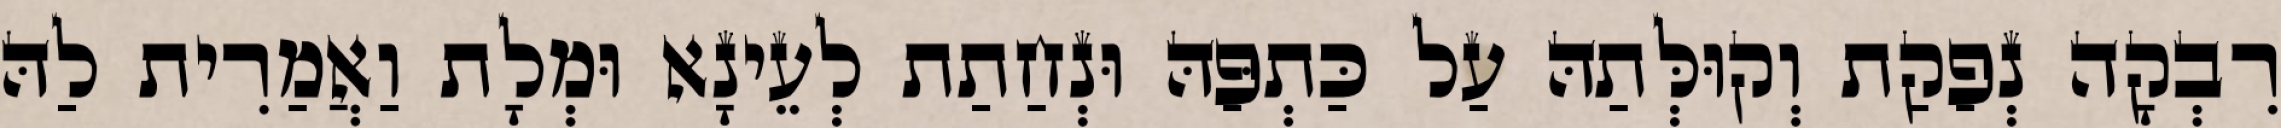
רִבְקָה נְפַקַת וְקוּלְּתַהּ עַל כַּתְפַּהּ וּנְחַתַת לְעֵינָא וּמְלָת וַאֲמַרִית לַהּ